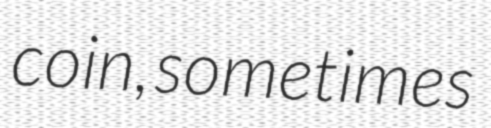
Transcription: coin, sometimes